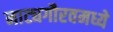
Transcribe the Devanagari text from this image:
नाट्यगौरवमध्ये